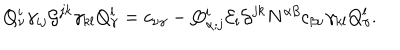
LaTeX: Q _ { \nu } ^ { i } \gamma _ { i j } { \cal G } ^ { j k } \gamma _ { k l } Q _ { \gamma } ^ { l } = c _ { \nu \gamma } - Q _ { \alpha ; j } ^ { i } { \cal E } _ { i } { \cal G } ^ { j k } N ^ { \alpha \beta } c _ { \beta \nu } \gamma _ { k l } Q _ { \gamma } ^ { l } .